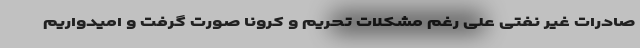
صادرات غیر نفتی علی رغم مشکلات تحریم و کرونا صورت گرفت و امیدواریم